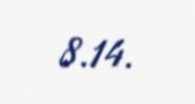
8.14.